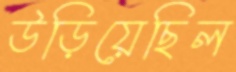
উড়িয়েছিল